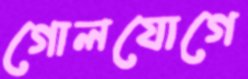
গোলযোগে